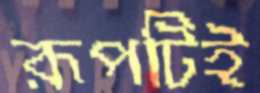
রূপটিই